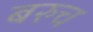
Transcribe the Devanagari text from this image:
बरुच